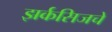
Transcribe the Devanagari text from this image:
झर्कसिजचे